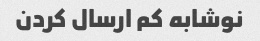
نوشابه کم ارسال کردن